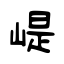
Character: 崼